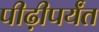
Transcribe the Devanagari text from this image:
पीढ़ीपर्यंत